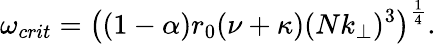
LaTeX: \omega_{crit}=\big((1-\alpha)r_{0}(\nu+\kappa)(Nk_{\perp})^{3}\big)^{\frac{1}{4}}.